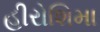
હીરોશિમા